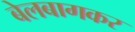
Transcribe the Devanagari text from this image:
बेलबागकर